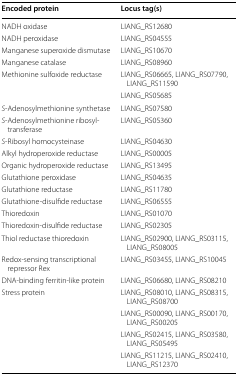
<table><thead><tr><td><b>Encoded protein</b></td><td><b>Locus tag(s)</b></td></tr></thead><tbody><tr><td>NADH oxidase</td><td>LIANG_RS12680</td></tr><tr><td>NADH peroxidase</td><td>LIANG_RS04555</td></tr><tr><td>Manganese superoxide dismutase</td><td>LIANG_RS10670</td></tr><tr><td>Manganese catalase</td><td>LIANG_RS08960</td></tr><tr><td>Methionine sulfoxide reductase</td><td>LIANG_RS06665, LIANG_RS07790, LIANG_RS11590</td></tr><tr><td></td><td>LIANG_RS05685</td></tr><tr><td><i>S</i>-Adenosylmethionine synthetase</td><td>LIANG_RS07580</td></tr><tr><td><i>S</i>-Adenosylmethionine ribosyltransferase</td><td>LIANG_RS05360</td></tr><tr><td><i>S</i>-Ribosyl homocysteinase</td><td>LIANG_RS04630</td></tr><tr><td>Alkyl hydroperoxide reductase</td><td>LIANG_RS00005</td></tr><tr><td>Organic hydroperoxide reductase</td><td>LIANG_RS13495</td></tr><tr><td>Glutathione peroxidase</td><td>LIANG_RS04635</td></tr><tr><td>Glutathione reductase</td><td>LIANG_RS11780</td></tr><tr><td>Glutathione-disulfide reductase</td><td>LIANG_RS06555</td></tr><tr><td>Thioredoxin</td><td>LIANG_RS01070</td></tr><tr><td>Thioredoxin-disulfide reductase</td><td>LIANG_RS02305</td></tr><tr><td>Thiol reductase thioredoxin</td><td>LIANG_RS02900, LIANG_RS03115, LIANG_RS08005</td></tr><tr><td>Redox-sensing transcriptional repressor Rex</td><td>LIANG_RS03455, LIANG_RS10045</td></tr><tr><td>DNA-binding ferritin-like protein</td><td>LIANG_RS06680, LIANG_RS08210</td></tr><tr><td>Stress protein</td><td>LIANG_RS08010, LIANG_RS08315, LIANG_RS08700</td></tr><tr><td></td><td>LIANG_RS00090, LIANG_RS00170, LIANG_RS00205</td></tr><tr><td></td><td>LIANG_RS02415, LIANG_RS03580, LIANG_RS05495</td></tr><tr><td></td><td>LIANG_RS11215, LIANG_RS02410, LIANG_RS12370</td></tr></tbody></table>